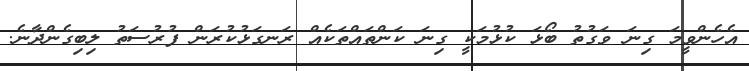
އެހެންވީމަ ގިނަ ވަގުތު ބޯޅަ ކުޅުމަކީ ގިނަ ކަންތައްތަކެއް ރަނގަޅުކުރަން ފުރުސަތު ލިބިގެންދާނެ.